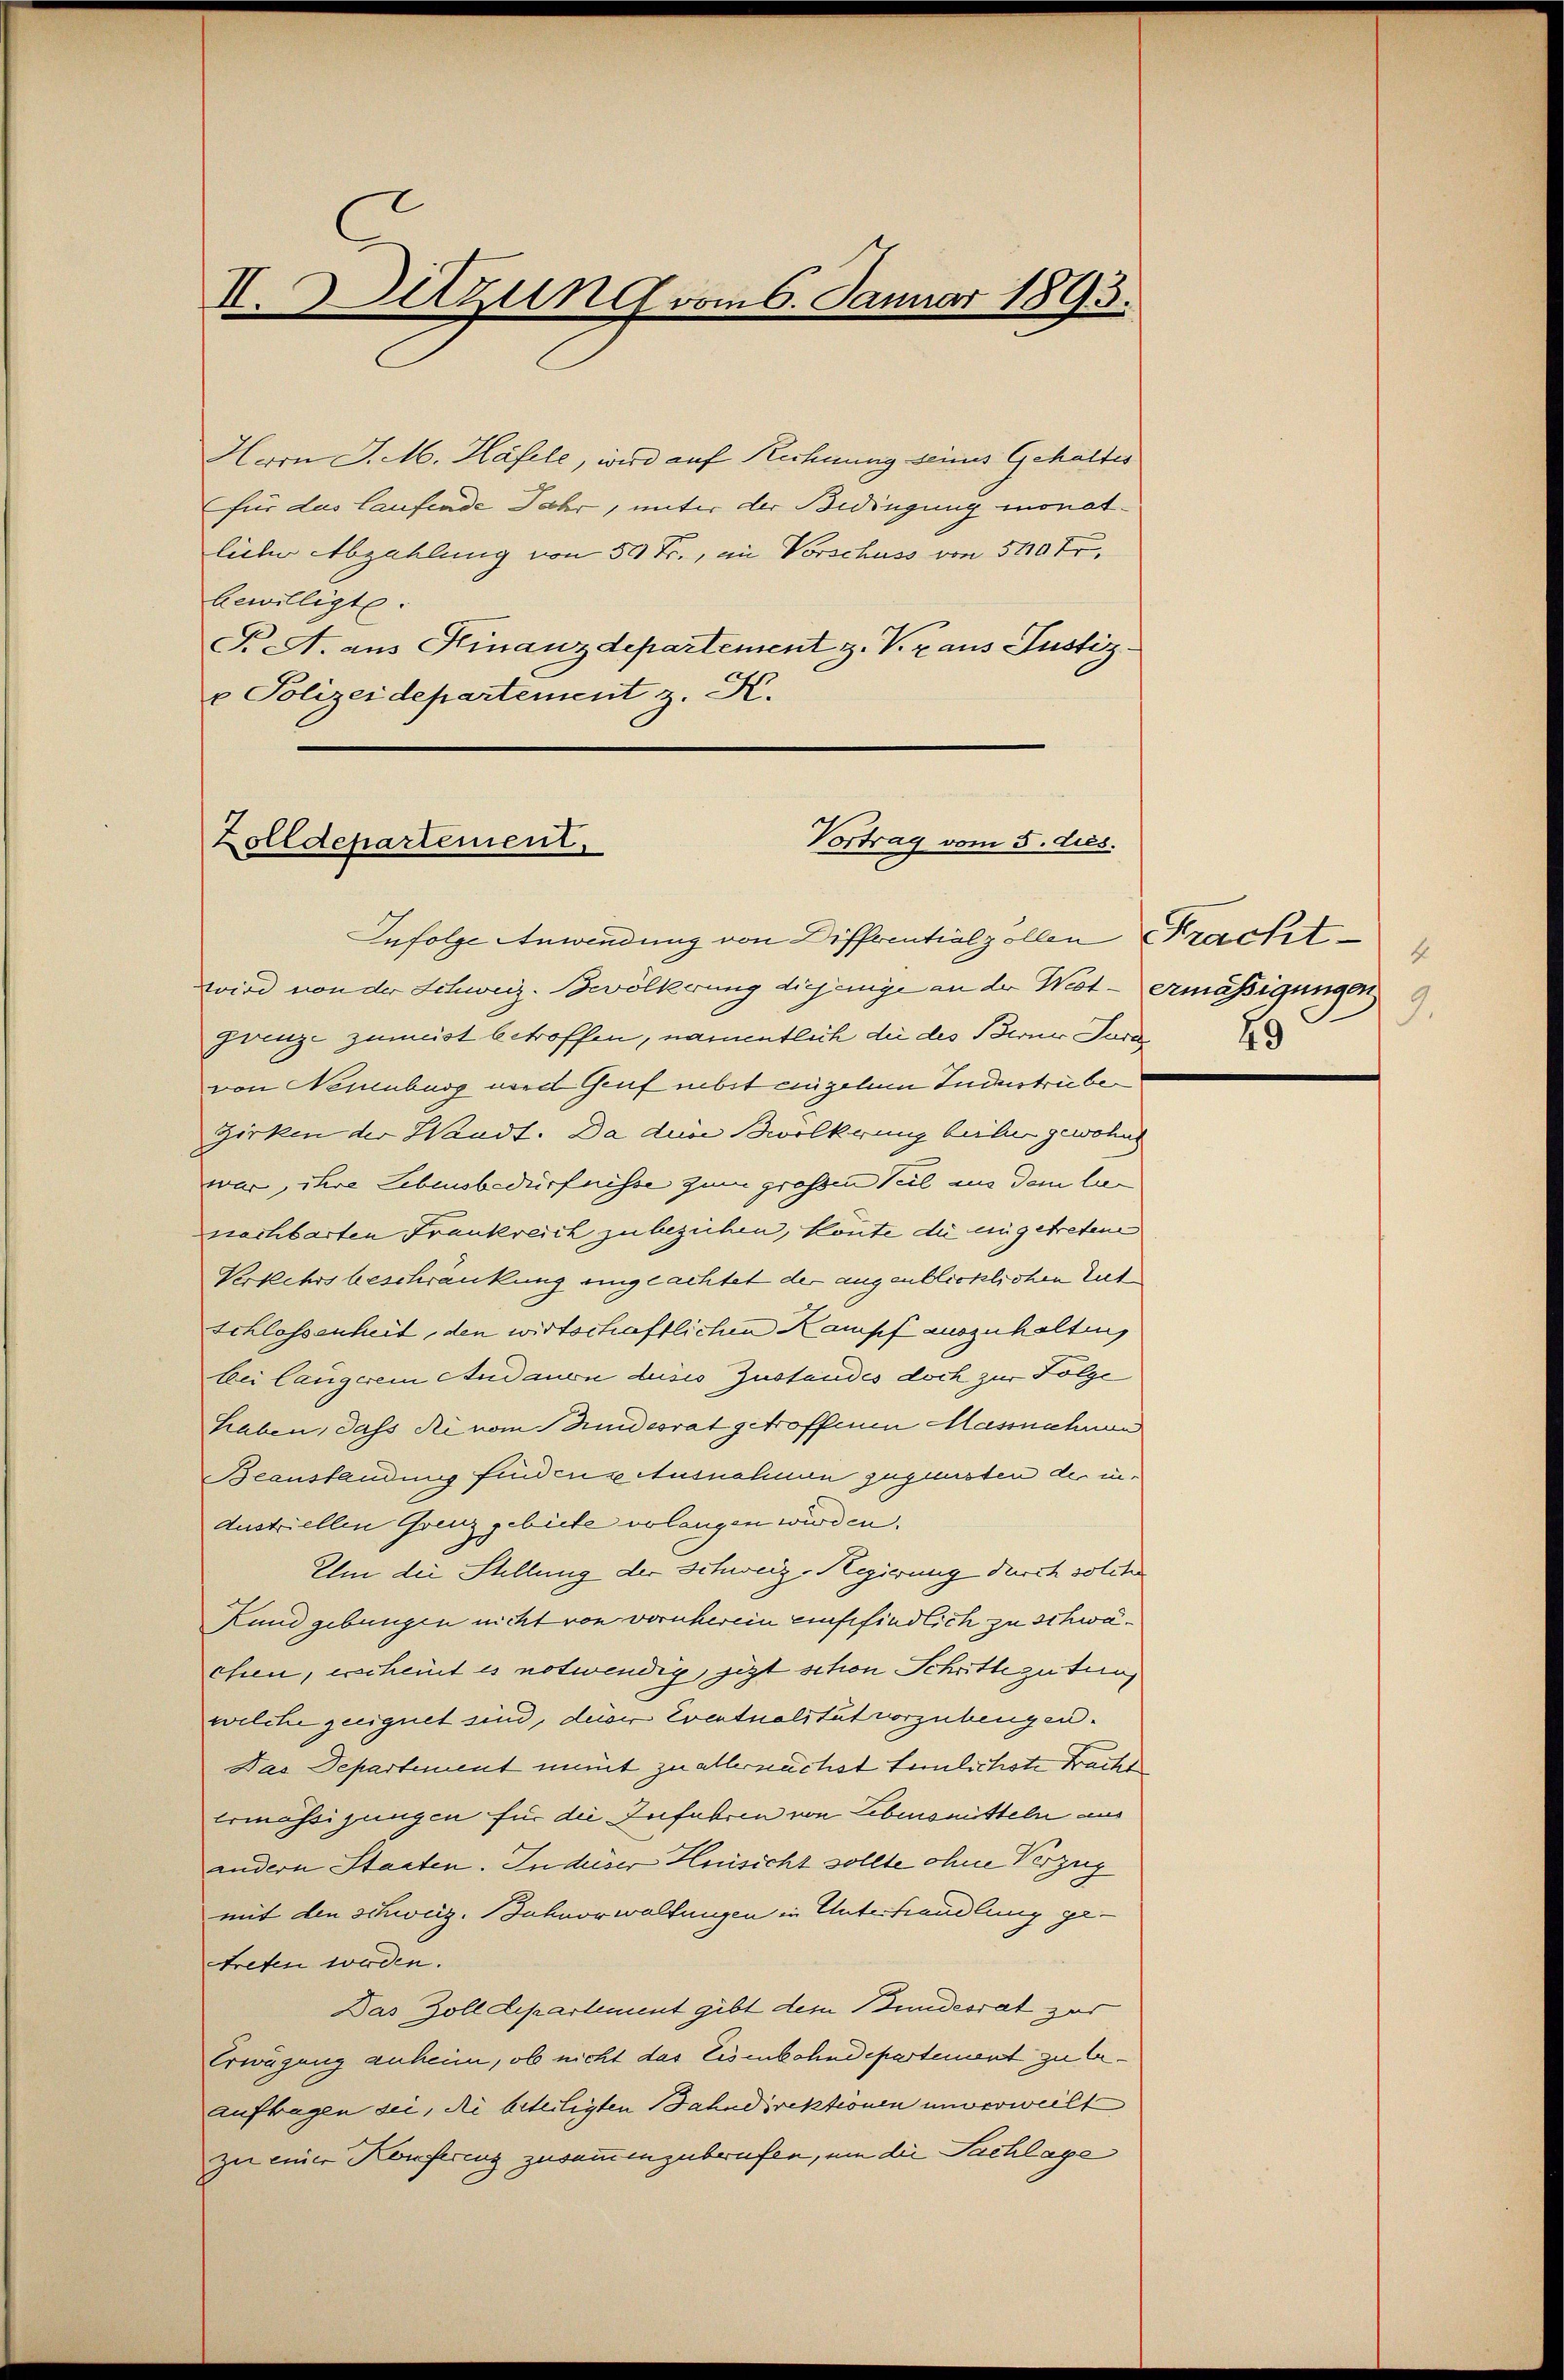
II. Setzung vom 6. Januar 1893.

Herrn J. M. Häfele, wird auf Rechnung seines Gehaltes
für das Laufende Jahr, unter der Bedingung monatlicher Abzahlung von 50 Fr., in Vorschuss von 500 Fr.
bewilligt:
P.A. aus Kinanzdepartement z. V. r aus Justiz¬
u Polizeidepartement z. H.

Vortrag vom 5. dies.
Zolldepartement,

Infolge Anwendung von Diffrentialzollen Prachtwird von der Schweiz. Bevölkerung diejenige an der West - ermäßigungen
grenz-zumeist betroffen, namentlich die des Berner Jura
von Neuenburg und Genf nebst eingehen Industriebe
Zirken der Waadt. Da die Bevölkerung beile gewohnt
war, ihre Lebensbedürfnisse zum großen Teil aus dem lin
nachbarten Frankreich zu beziehen, könnte die angetretene
Verkehrsbeschränkung eingeachtet der augenblicklichen Tut
Schlossenheit, den wirtschaftlichen Kampf auszuhalten
bei längerem Andauon deses Zustandes doch zur Folge
haben, dass die vom Stundesrat getroffenen Massnahmen
Beanstandung findens Ausnahmen zugunsten der in¬
Austriellen Grenz gebiete verlangen wurden.
Um die Stellung der Schweiz. Regierung durch solcher
Kund gebungen nicht von vornherein empfindlich zu schwächen, escheint es notwendig, jezt schon Schritte guten,
welche zeignet sind, deser Eventualität vorzubeugen.
Das Departement ment zu allernächst tenlichste Fracht
Ermässigungen für die Zufahren von Lebensmitteln aus
andern Staaten. In deiser Hinsicht sollte ohne Verzug
mit den schweiz. Bohvorwaltungen in Unterhandlung getreten werden.
Das Zolldepartement gibt dem Bundesrat zur
Erwägung anheim, ob nicht das Eisenbahndepartement zu be¬
Auftragen sei, die beteiligten Bahndirektionen unverweilt
zu einer Konferenz zusammenzubrufen, um die Sachlage

4
9.
29